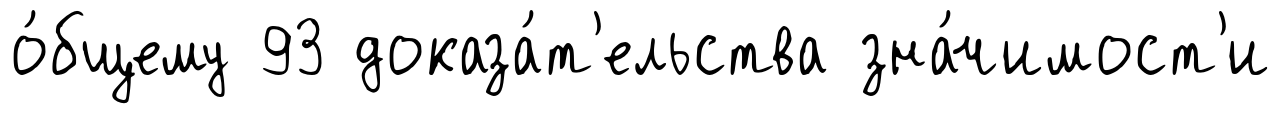
о́бщему 93 доказа́т'ельства зна́чимост'и